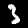
Digit: 3